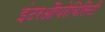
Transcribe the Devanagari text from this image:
इंटरऔपरेबिलिटी